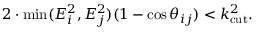
2 \cdot \operatorname * { m i n } ( E _ { i } ^ { 2 } , E _ { j } ^ { 2 } ) ( 1 - \cos \theta _ { i j } ) < k _ { \mathrm { c u t } } ^ { 2 } .